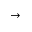
\to